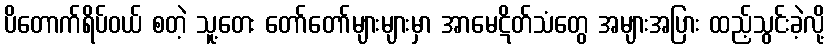
ပိတောက်ရိပ်ဝယ် စတဲ့ သူ့တေး တော်တော်များများမှာ အာမေဋိတ်သံတွေ အများအပြား ထည့်သွင်းခဲ့လို့